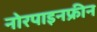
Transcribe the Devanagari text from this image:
नोरपाइनफ्रीन